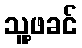
သူ့ဖခင်